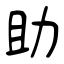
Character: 助